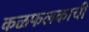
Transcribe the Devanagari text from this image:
कळफलकाची